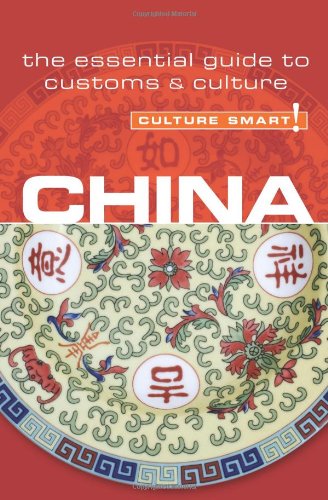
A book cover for China - Culture Smart!: the essential guide to customs & culture; Kathy Flower; Travel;